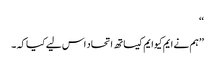
‘‘
’’ہم نے ایم کیوایم کیساتھ اتحاد اس لیے کیا کہ ۔